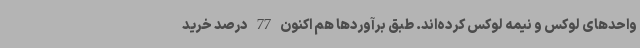
واحدهای لوکس و نیمه لوکس کرده‌اند. طبق برآوردها هم اکنون 77 درصد خرید